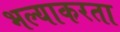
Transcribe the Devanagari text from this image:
भल्याकरता